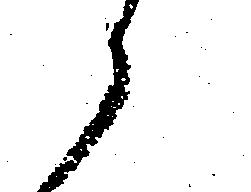
候